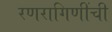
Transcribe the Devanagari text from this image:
रणरागिणींची